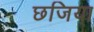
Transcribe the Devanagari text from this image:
छजिया